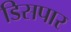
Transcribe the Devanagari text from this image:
डिसपार